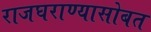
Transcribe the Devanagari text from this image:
राजघराण्यासोबत